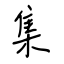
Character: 集